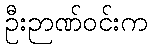
ဦးဉာဏ်ဝင်းက